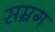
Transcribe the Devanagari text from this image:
सम्रग